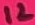
Text: 12